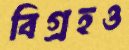
বিগ্রহও